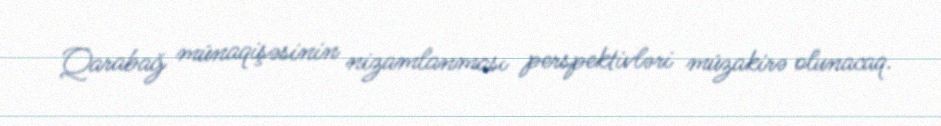
Qarabağ münaqişəsinin nizamlanması perspektivləri müzakirə olunacaq.